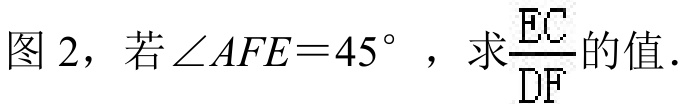
图 2，若\(\angle AFE = 45^{\circ}\) ，求\(\frac{EC}{DF}\)的值.